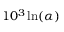
1 0 ^ { 3 } \ln ( \alpha )